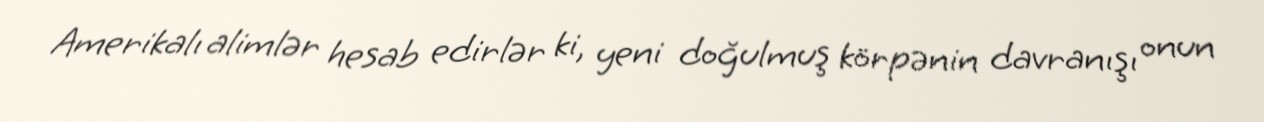
Amerikalı alimlər hesab edirlər ki, yeni doğulmuş körpənin davranışı onun